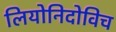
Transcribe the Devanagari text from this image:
लियोनिदोविच